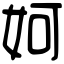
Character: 妸